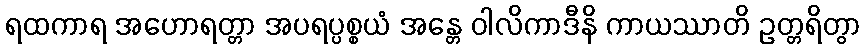
ရထကာရ အဟောရတ္တာ အပရပ္ပစ္စယံ အန္တေ ဝါလိကာဒီနိ ကာယဿာတိ ဥတ္တရိတွာ